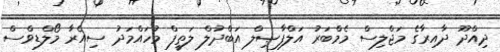
ދިއްދޫ ދާއިރާގެ މަޖްލިސް މެމްބަރު އަލްފާޞިލް އަބްދުލް ލަތީފް މުހައްމަދު ސިއެރާ މޯލްޑިވްސް